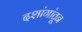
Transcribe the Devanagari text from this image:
दशांगांतून